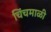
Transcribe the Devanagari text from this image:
चिंचमाळी